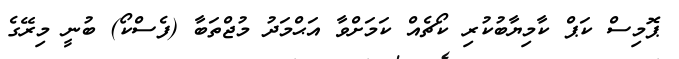
ޕޮމިސް ކަޕް ކާމިޔާބުކުރި ކޯޗެއް ކަމަށްވާ އަޙްމަދު މުޖްތަބާ (ފެސްކޯ) ބުނީ މިރޭގެ